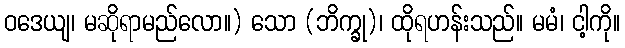
ဝဒေယျ၊ မဆိုရာမည်လော။) သော (ဘိက္ခု)၊ ထိုရဟန်းသည်။ မမံ၊ ငါ့ကို။